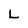
Character: L